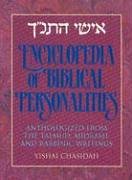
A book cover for Encyclopedia of Biblical Personalities: Anthologized from the Talmud, Midrash and Rabbinic Writing S; Yisrael Yitshak Hasidah; Reference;